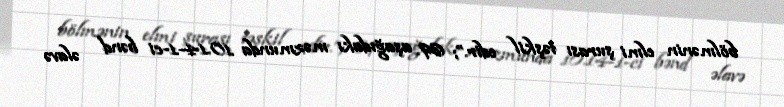
bölmənin elmi şurası təşkil edir.”; 69. aşağıdakı məzmunda 10.14-1-ci bənd əlavə